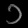
Digit: ၁